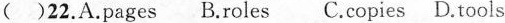
( )22. A.pages B.roles C.copies D.tools